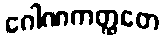
ဂေါဏကတ္ထတေ